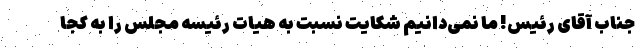
جناب آقای رئیس! ما نمی‌دانیم شکایت نسبت به هیات رئیسه مجلس را به کجا